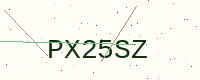
Text: PX25SZ